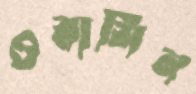
ওরাসিন